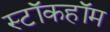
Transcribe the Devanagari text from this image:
स्टॉकहॉम